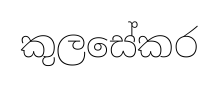
කුලසේකර